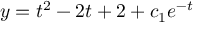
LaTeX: y = t ^ { 2 } - 2 t + 2 + c _ { 1 } e ^ { - t }